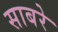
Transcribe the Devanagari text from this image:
साबरे